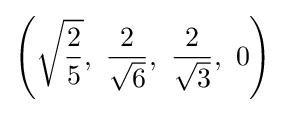
\left({\sqrt {\frac {2}{5}}},\ {\frac {2}{\sqrt {6}}},\ {\frac {2}{\sqrt {3}}},\ 0\right)